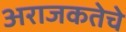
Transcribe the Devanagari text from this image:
अराजकतेचे